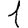
Digit: 1